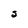
Character: S